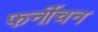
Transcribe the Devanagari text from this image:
फर्नीचन